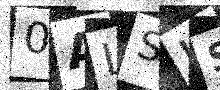
Text: 0ALSUS